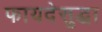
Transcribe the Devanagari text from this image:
फायदेसुद्धा